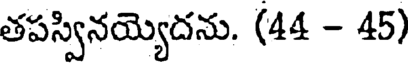
తపస్వినయ్యెదను. (44 - 45)